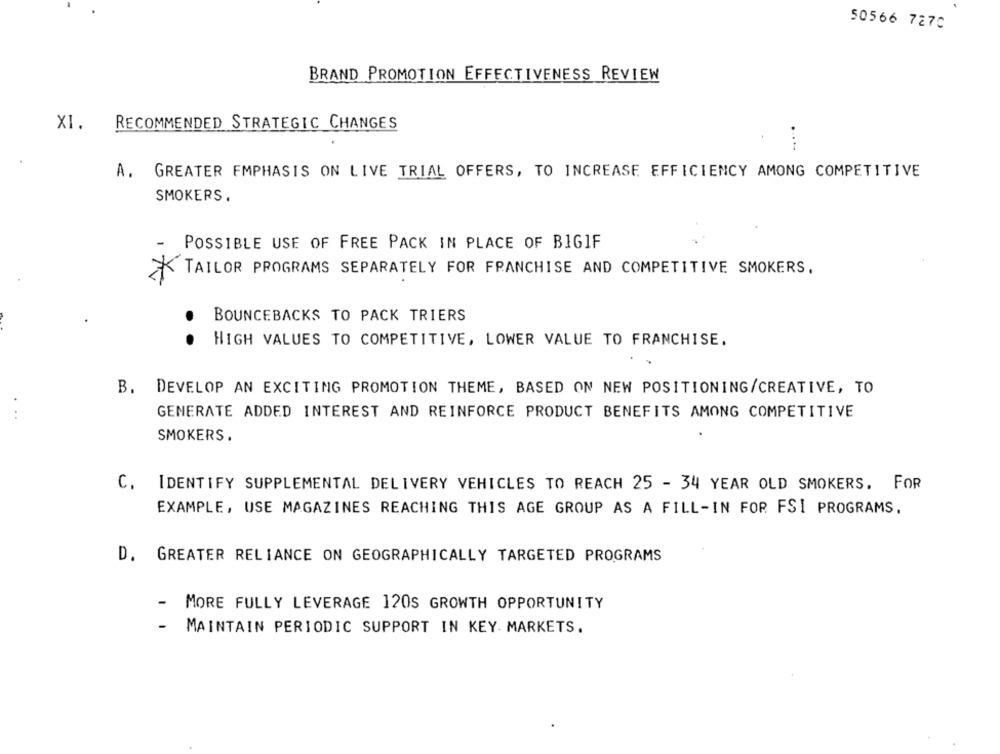
50566 7270
BRAND PROMOTION EFFECTIVENESS REVIEW
X1.
RECOMMENDED STRATEGIC CHANGES
A. GREATER EMPHASIS ON LIVE TRIAL OFFERS, TO INCREASE EFFICIENCY AMONG COMPETITIVE
SMOKERS.
POSSIBLE USE OF FREE PACK IN PLACE OF BIGIF
TAILOR PROGRAMS SEPARATELY FOR FRANCHISE AND COMPETITIVE SMOKERS.
BOUNCEBACKS TO PACK TRIERS
.
HIGH VALUES TO COMPETITIVE, LOWER VALUE TO FRANCHISE.
B. DEVELOP AN EXCITING PROMOTION THEME, BASED ON NEW POSITIONING/CREATIVE, TO
GENERATE ADDED INTEREST AND REINFORCE PRODUCT BENEFITS AMONG COMPETITIVE
...
SMOKERS.
C. IDENTIFY SUPPLEMENTAL DELIVERY VEHICLES TO REACH 25 - 34 YEAR OLD SMOKERS. FOR
EXAMPLE, USE MAGAZINES REACHING THIS AGE GROUP AS A FILL-IN FOR FSI PROGRAMS.
D. GREATER RELIANCE ON GEOGRAPHICALLY TARGETED PROGRAMS
MORE FULLY LEVERAGE 120S GROWTH OPPORTUNITY
-
MAINTAIN PERIODIC SUPPORT IN KEY. MARKETS.